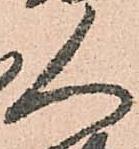
人